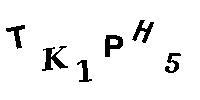
TK1PH5